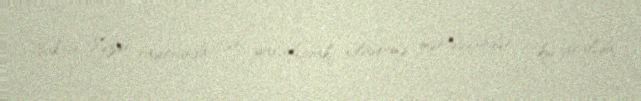
Bakının Xəzər rayonunda (ən yaxınlıqdakı xilasetmə məntəqəsindən 5 km aralıda,